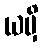
ယမှိ